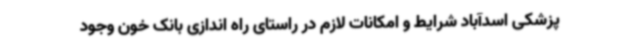
پزشکی اسدآباد شرایط و امکانات لازم در راستای راه اندازی بانک خون وجود